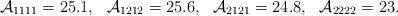
\begin{align*}\mathcal{A}_{1111}=25.1,~~\mathcal{A}_{1212}=25.6,~~\mathcal{A}_{2121}=24.8,~~\mathcal{A}_{2222}=23.\end{align*}